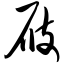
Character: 屐